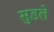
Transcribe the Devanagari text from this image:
सुडले